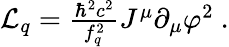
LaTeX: \begin{array}{r}{\mathcal{L}_{q}=\frac{\hbar^{2}c^{2}}{f_{q}^{2}}J^{\mu}\partial_{\mu}\varphi^{2}~.}\end{array}